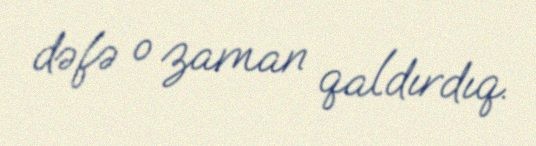
dəfə o zaman qaldırdıq.